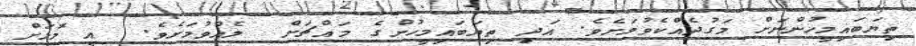
ތިޔަބައިމީހުންނަށް މަގުދެއްކެވުމަށެވެ. އަދި ތިޔަބައިމީހުންގެ މައްޗަށް  ލެއްވުމަށެވެ.  އީ މޮޅަށް